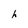
Character: h